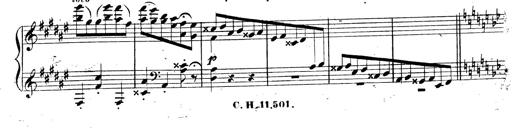
Title: 3 Caprices-Valses
Composer: Franz Liszt